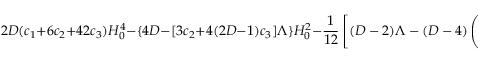
2 D ( c _ { 1 } + 6 c _ { 2 } + 4 2 c _ { 3 } ) H _ { 0 } ^ { 4 } - \{ 4 D - [ 3 c _ { 2 } + 4 ( 2 D - 1 ) c _ { 3 } ] \Lambda \} H _ { 0 } ^ { 2 } - { \frac { 1 } { 1 2 } } \left[ ( D - 2 ) \Lambda - ( D - 4 ) \left( { \frac { 2 c _ { 1 } } { D ( D - 1 ) } } + { \frac { c _ { 2 } } { D } } + c _ { 3 } \right) \Lambda ^ { 2 } \right] = 0 .